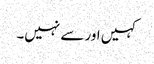
کہیں اور سے نہیں۔